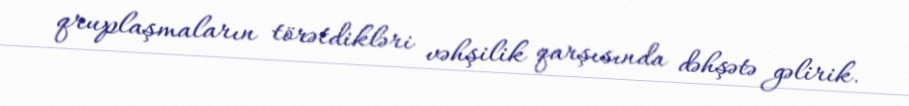
qruplaşmaların törətdikləri vəhşilik qarşısında dəhşətə gəlirik.